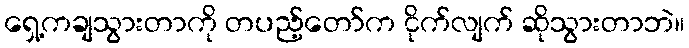
ရှေ့ကချသွားတာကို တပည့်တော်က ငိုက်လျက် ဆိုသွားတာဘဲ။